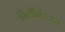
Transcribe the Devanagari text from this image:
फिलोक्लिओन